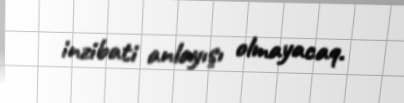
inzibati anlayışı olmayacaq.